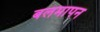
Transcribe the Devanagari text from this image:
बलमापन